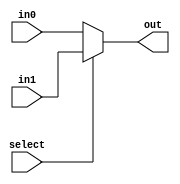
module mux2to1_16bit(out, in0, in1, select);
  output [15:0] out;
  input  [15:0] in0;
  input  [15:0] in1;
  input select;

  assign out = select ? in1 : in0;


endmodule